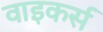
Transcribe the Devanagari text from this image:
वाइकर्स